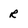
Character: R